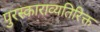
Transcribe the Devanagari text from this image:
पुरस्काराव्यतिरिक्त